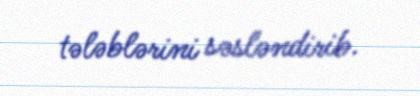
tələblərini səsləndirib.